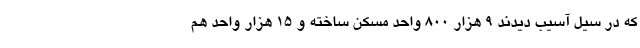
که در سیل آسیب دیدند ‌۹ هزار ۸۰۰ واحد مسکن ساخته و ۱۵ هزار واحد هم